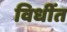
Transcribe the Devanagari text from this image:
विधींत